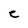
Character: C